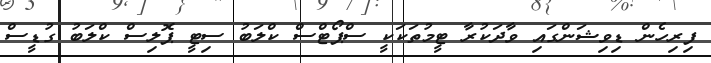
ފިރިހެން ޑިވިޝަންގައި ވާދަކުރާ ޓީމުތަކަަކީ ސްޕޯޓްސް ކްލަބު ސިޓީ ޕޮލިސް ކްލަބު ގުޑީސް